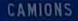
camions